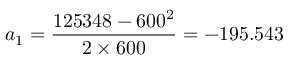
a _ { 1 } = { \frac { 1 2 5 3 4 8 - 6 0 0 ^ { 2 } } { 2 \times 6 0 0 } } = - 1 9 5 . 5 4 3